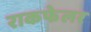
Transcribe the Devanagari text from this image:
राकफेलर